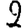
Digit: 2